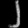
Digit: ၂